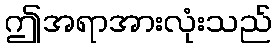
ဤအရာအားလုံးသည်